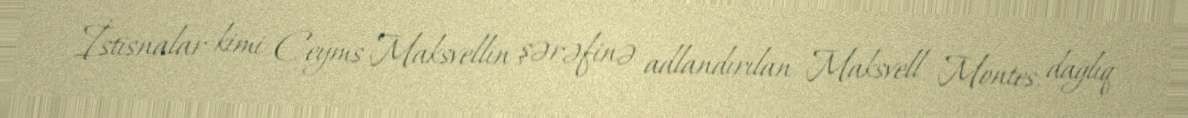
İstisnalar kimi Ceyms Maksvellin şərəfinə adlandırılan Maksvell Montes, dağlıq